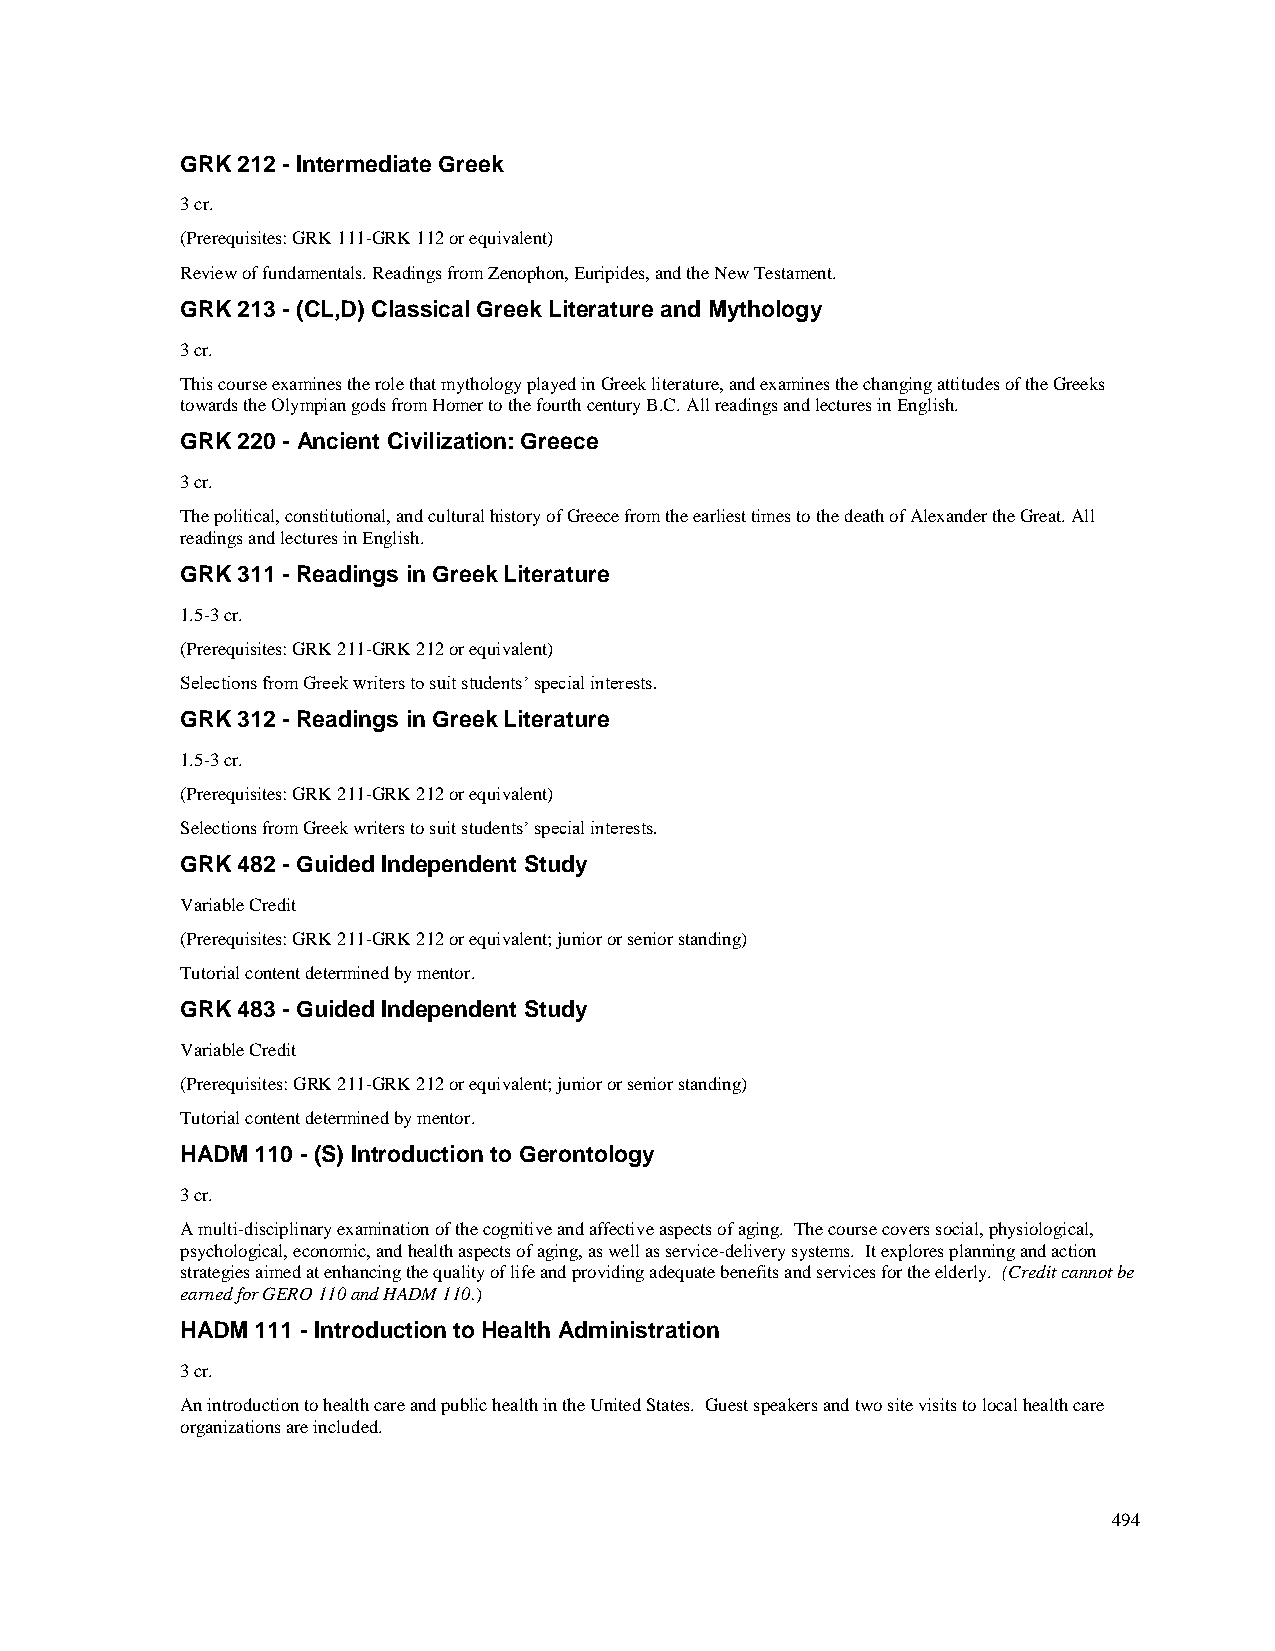
GRK 212 - Intermediate Greek
 3 cr.
 (Prerequisites: GRK 111-GRK 112 or equivalent)
 Review of fundamentals. Readings from Zenophon, Euripides, and the New Testament.
 GRK 213 - (CL,D) Classical Greek Literature and Mythology
 3 cr.
 This course examines the role that mythology played in Greek literature, and examines the changing attitudes of the Greeks
 towards the Olympian gods from Homer to the fourth century B.C. All readings and lectures in English.
 GRK 220 - Ancient Civilization: Greece
 3 cr.
 The political, constitutional, and cultural history of Greece from the earliest times to the death of Alexander the Great. All
 readings and lectures in English.
 GRK 311 - Readings in Greek Literature
 1.5-3 cr.
 (Prerequisites: GRK 211-GRK 212 or equivalent)
 Selections from Greek writers to suit students’ special interests.
 GRK 312 - Readings in Greek Literature
 1.5-3 cr.
 (Prerequisites: GRK 211-GRK 212 or equivalent)
 Selections from Greek writers to suit students’ special interests.
 GRK 482 - Guided Independent Study
 Variable Credit
 (Prerequisites: GRK 211-GRK 212 or equivalent; junior or senior standing)
 Tutorial content determined by mentor.
 GRK 483 - Guided Independent Study
 Variable Credit
 (Prerequisites: GRK 211-GRK 212 or equivalent; junior or senior standing)
 Tutorial content determined by mentor.
 HADM 110 - (S) Introduction to Gerontology
 3 cr.
 A multi-disciplinary examination of the cognitive and affective aspects of aging. The course covers social, physiological,
 psychological, economic, and health aspects of aging, as well as service-delivery systems. It explores planning and action
 strategies aimed at enhancing the quality of life and providing adequate benefits and services for the elderly. (Credit cannot be
 earned for GERO 110 and HADM 110.)
 HADM 111 - Introduction to Health Administration
 3 cr.
 An introduction to health care and public health in the United States. Guest speakers and two site visits to local health care
 organizations are included.
 494